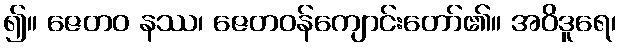
၍။ ဇေတဝ နဿ၊ ဇေတဝန်ကျောင်းတော်၏။ အဝိဒူရေ၊